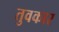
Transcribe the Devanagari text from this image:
तुवकार